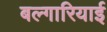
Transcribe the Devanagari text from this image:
बल्गारियाई